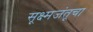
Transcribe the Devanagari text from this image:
सूक्ष्मजंतूचा